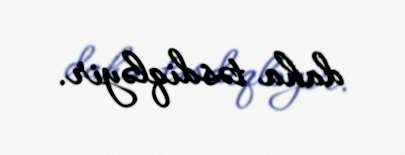
daha təsdiqləyir.